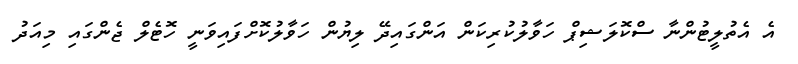
އެ އެތުލީޓުންނާ ސްކޮލަޝިޕް ހަވާލުކުރިކަން އަންގައިދޭ ލިޔުން ހަވާލުކޮށްފައިވަނީ ހޮޓެލް ޖެންގައި މިއަދު